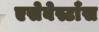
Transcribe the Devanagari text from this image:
एसेबेस्टाँस